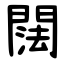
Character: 䦢